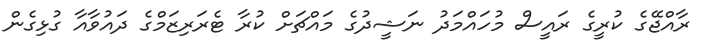
ރާއްޖޭގެ ކުރީގެ ރައީސް މުހައްމަދު ނަޝީދުގެ މައްޗަށް ކުރާ ޓެރަރިޒަމްގެ ދައުވާއާ ގުޅިގެން